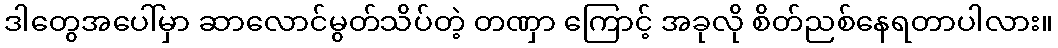
ဒါတွေအပေါ်မှာ ဆာလောင်မွတ်သိပ်တဲ့ တဏှာ ကြောင့် အခုလို စိတ်ညစ်နေရတာပါလား။